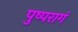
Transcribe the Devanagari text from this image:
पुष्परागं